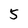
Character: 5